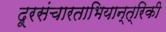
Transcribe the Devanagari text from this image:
दूरसंचारताभियान्त्रिकी